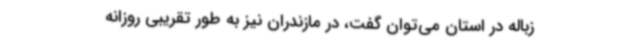
زباله در استان می‌توان گفت، در مازندران نیز به ‌طور تقریبی روزانه